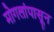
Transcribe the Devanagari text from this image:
मोगलांपासून